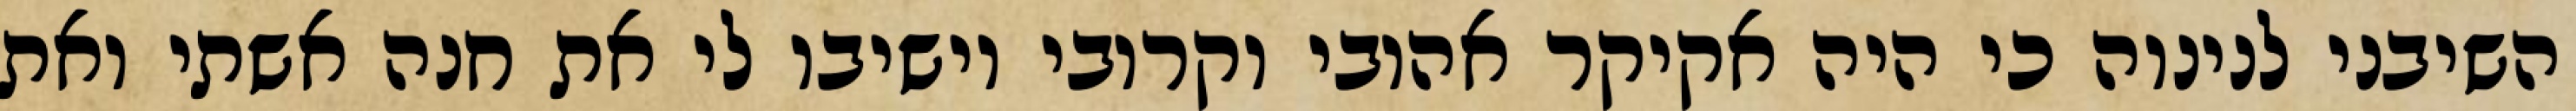
השיבני לנינוה כי היה אקיקר אהובי וקרובי וישיבו לי את חנה אשתי ואת